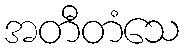
အတီတံသေ